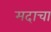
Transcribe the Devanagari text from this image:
मदाचा